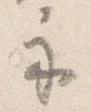
示